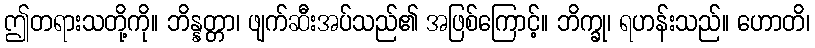
ဤတရားသတို့ကို။ ဘိန္နတ္တာ၊ ဖျက်ဆီးအပ်သည်၏ အဖြစ်ကြောင့်။ ဘိက္ခု၊ ရဟန်းသည်။ ဟောတိ၊